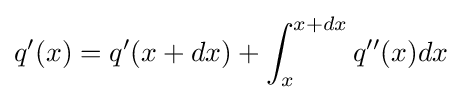
q'(x)=q'(x+dx)+\int _{x}^{x+dx}q''(x)dx